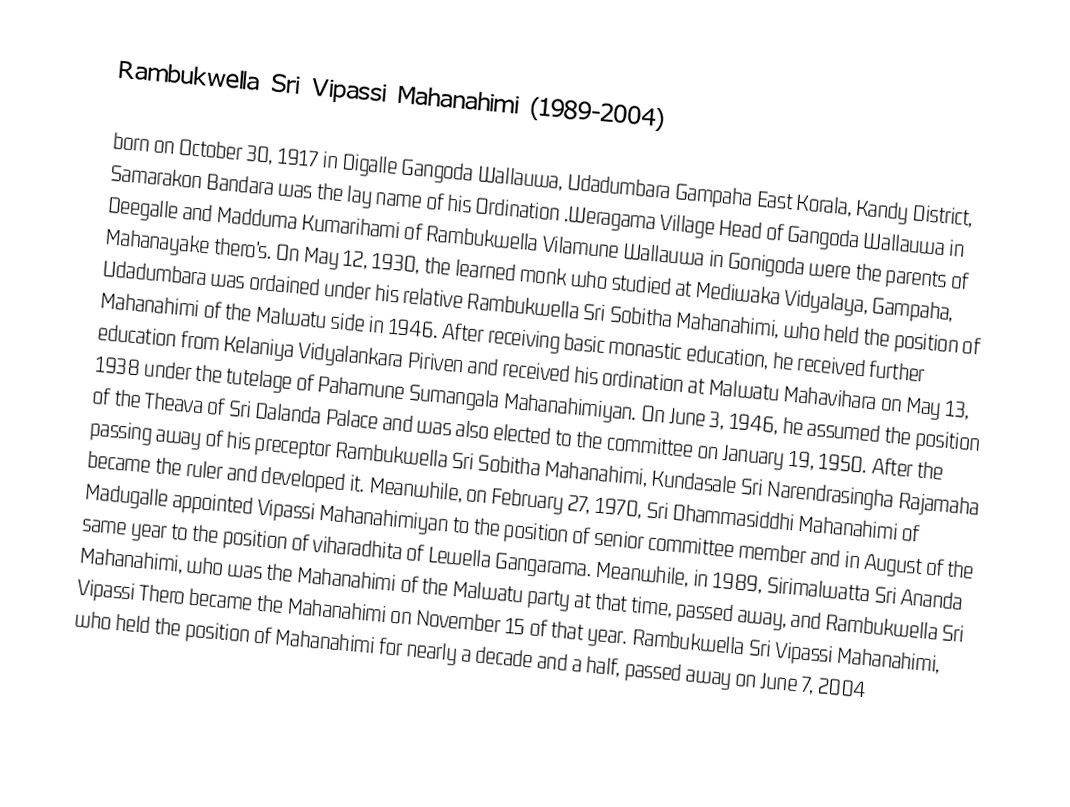
Rambukwella Sri Vipassi Mahanahimi (1989-2004)

born on October 30, 1917 in Digalle Gangoda Wallauwa, Udadumbara Gampaha East Korala, Kandy District, Samarakon Bandara was the lay name of his Ordination .Weragama Village Head of Gangoda Wallauwa in Deegalle and Madduma Kumarihami of Rambukwella Vilamune  Wallauwa in Gonigoda were the parents of Mahanayake thero's. On May 12, 1930, the learned monk who studied at  Mediwaka  Vidyalaya, Gampaha, Udadumbara was ordained under his relative Rambukwella Sri Sobitha Mahanahimi, who held the position of Mahanahimi of the Malwatu side in 1946. After receiving basic monastic education, he received further education from Kelaniya Vidyalankara Piriven and received his ordination at Malwatu Mahavihara on May 13, 1938 under the tutelage of Pahamune Sumangala Mahanahimiyan. On June 3, 1946, he assumed the position of the Theava of Sri Dalanda Palace and was also elected to the committee on January 19, 1950. After the passing away of his preceptor Rambukwella Sri Sobitha Mahanahimi, Kundasale Sri Narendrasingha Rajamaha became the ruler and developed it. Meanwhile, on February 27, 1970, Sri Dhammasiddhi Mahanahimi of Madugalle appointed Vipassi Mahanahimiyan to the position of senior committee member and in August of the same year to the position of viharadhita of Lewella Gangarama. Meanwhile, in 1989, Sirimalwatta Sri Ananda Mahanahimi, who was the Mahanahimi of the Malwatu party at that time, passed away, and Rambukwella Sri Vipassi Thero became the Mahanahimi on November 15 of that year. Rambukwella Sri Vipassi Mahanahimi, who held the position of Mahanahimi for nearly a decade and a half, passed away on June 7, 2004